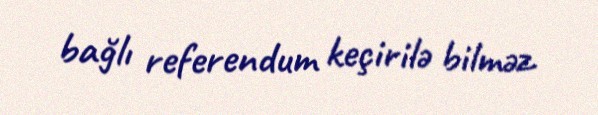
bağlı referendum keçirilə bilməz.